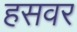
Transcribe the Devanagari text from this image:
हसवर